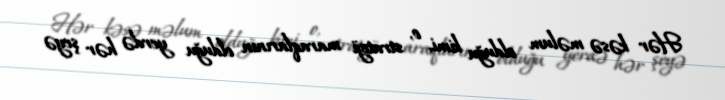
Hər kəsə məlum olduğu kimi, o, strateji maraqlarının olduğu yerdə hər şeyə